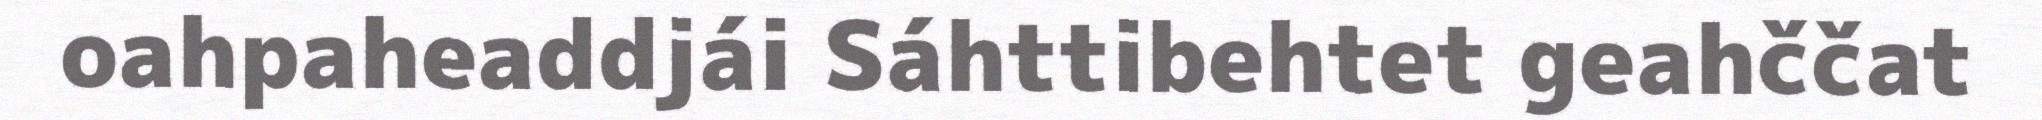
oahpaheaddjái Sáhttibehtet geahččat